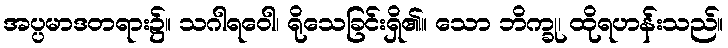
အပ္ပမာဒတရား၌။ သဂါရဝေါ၊ ရိုသေခြင်းရှိ၏။ သော ဘိက္ခု၊ ထိုရဟန်းသည်။